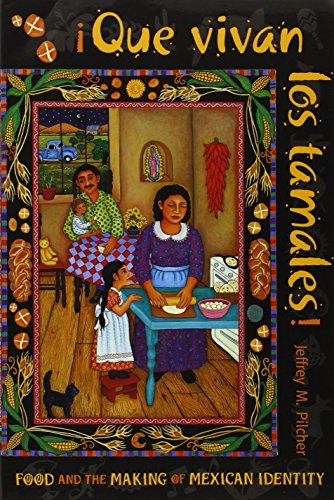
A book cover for Que vivan los tamales!: Food and the Making of Mexican Identity (Dialogos); Jeffrey M. Pilcher; Cookbooks, Food & Wine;